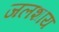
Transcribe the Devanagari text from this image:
जलशाय